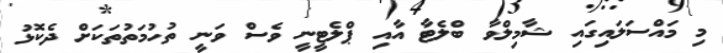
މި މައްސަލައިގައި ޝާމިލްވާ ބްލެޓާ އާއި ޕްލެޓީނީ ވެސް ވަނީ ތުހުމަތުތަކަށް ދެކޮޅު